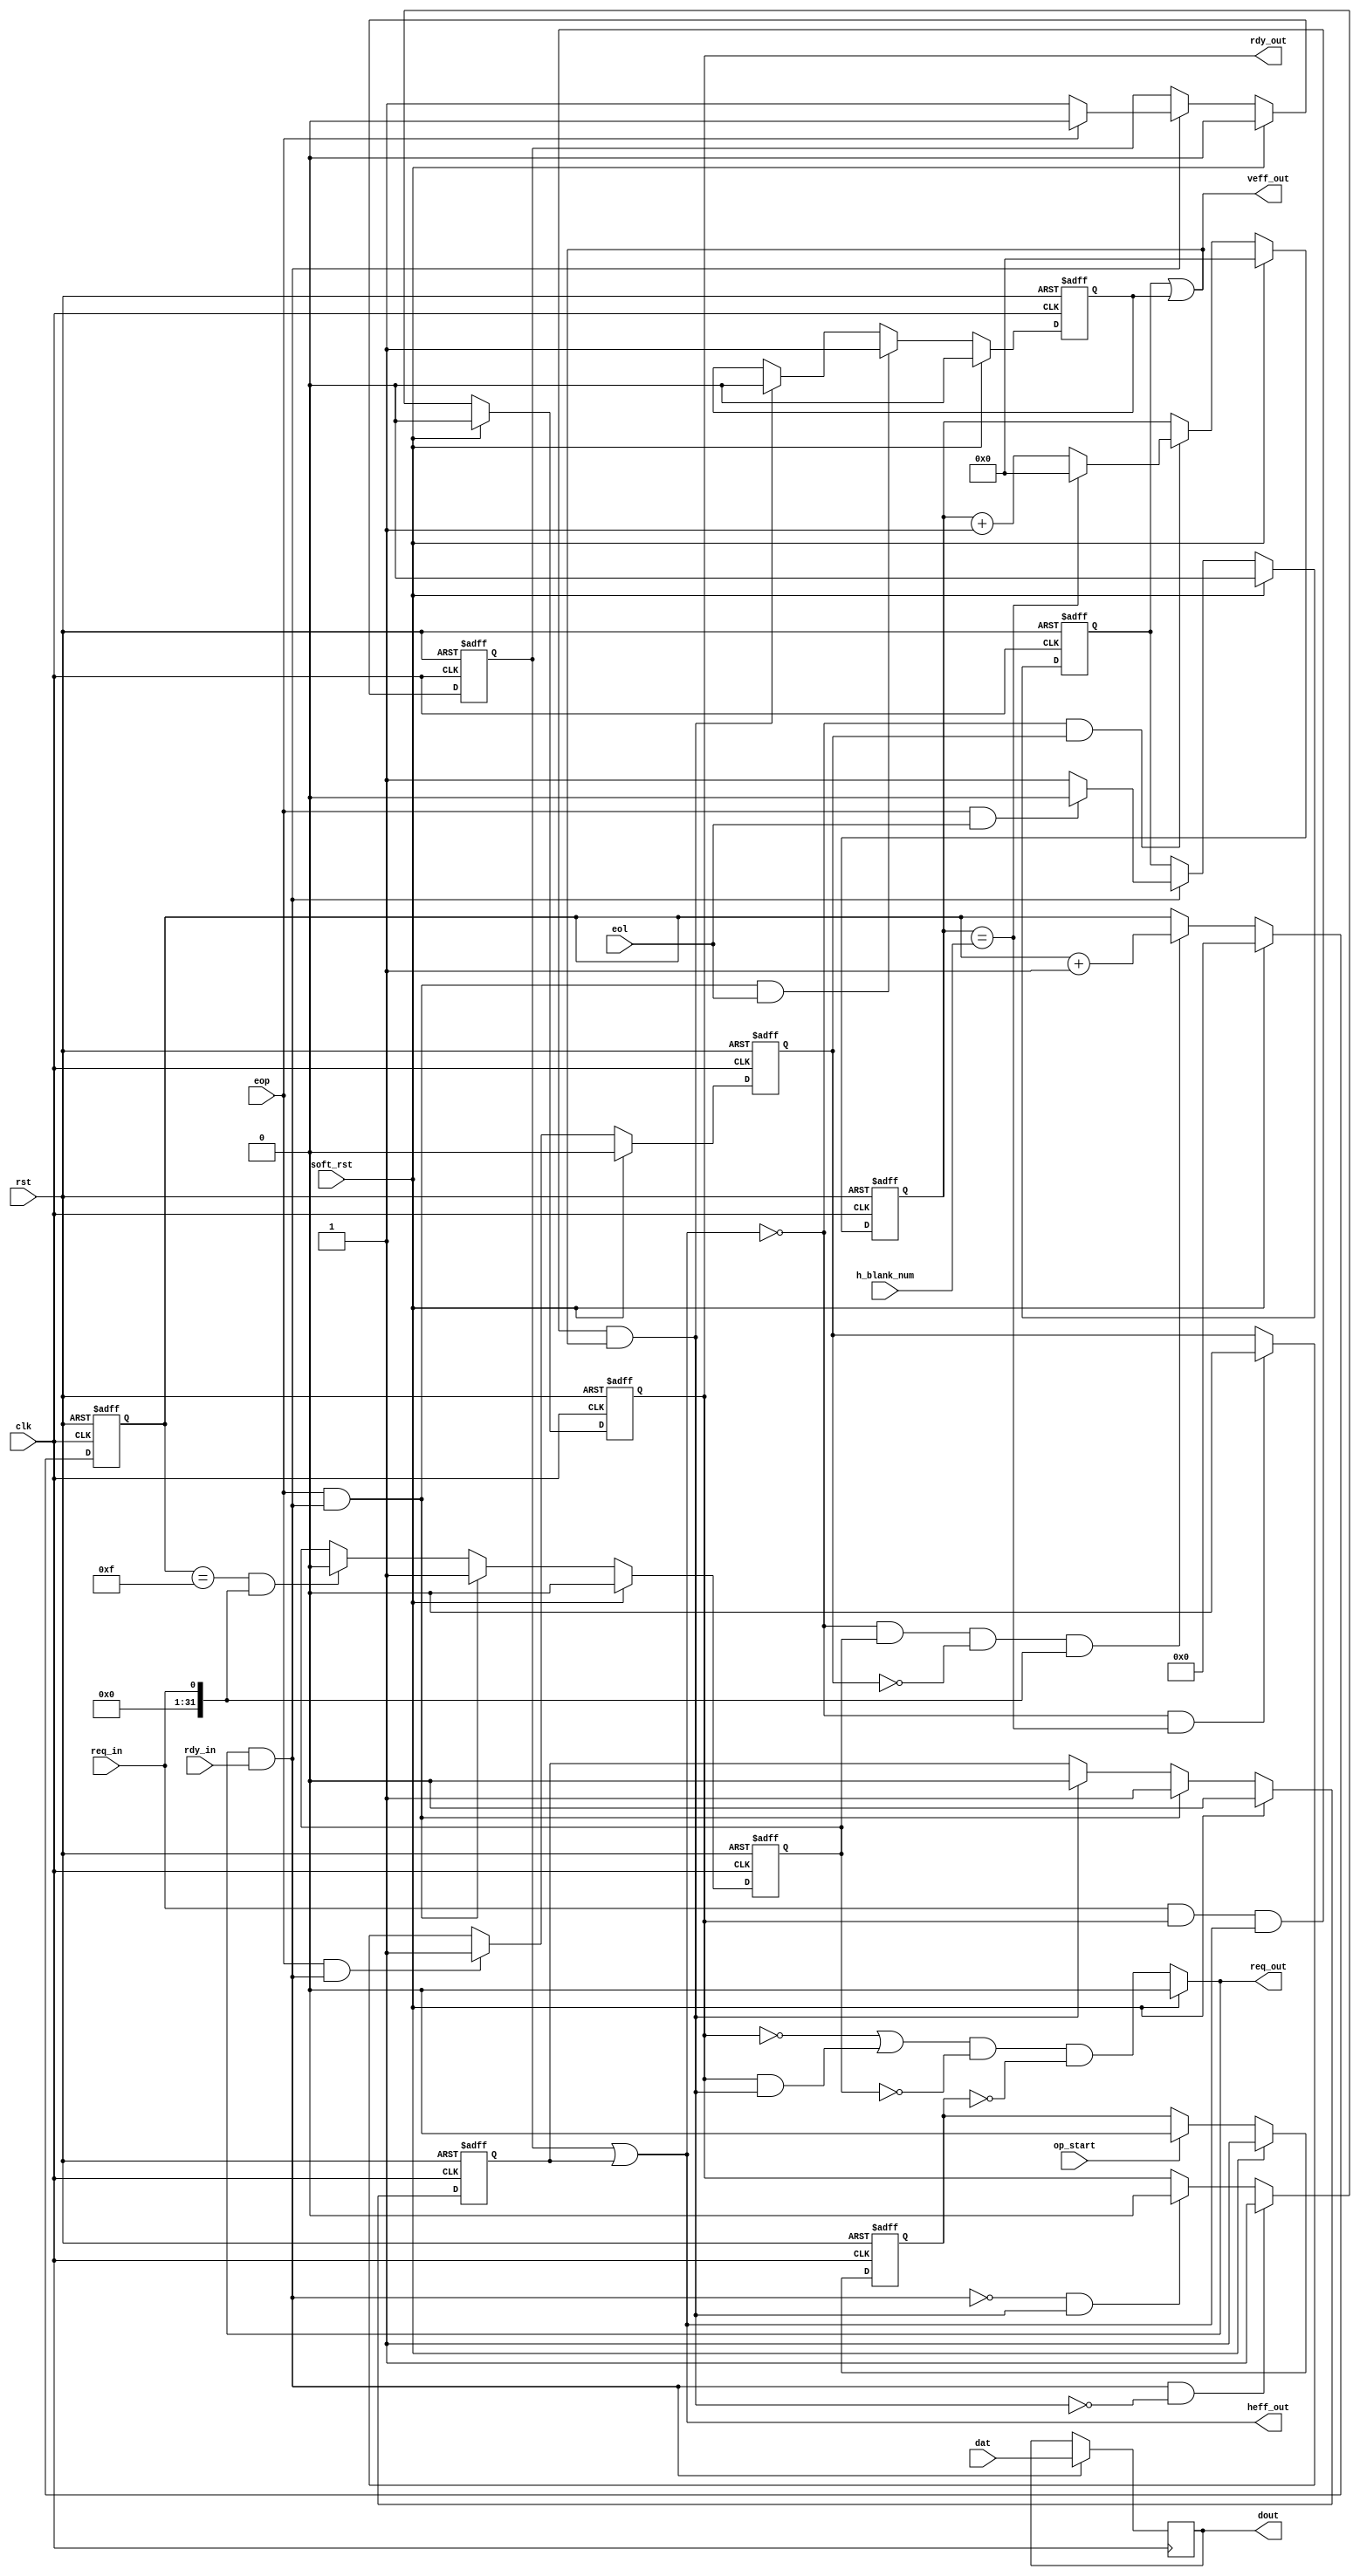
module conv_eol_to_eff_hb(
       // system
       clk,                     
       rst,                     
       soft_rst, 
       op_start,                 
       h_blank_num,                 
       dat,
       eop,
       eol,
       // input handshake
       req_out,			
       rdy_in,
       req_in,
       rdy_out,
       dout,
       heff_out,
       veff_out                
);

parameter dt = 1;
parameter dat_w = 8;

       // system
input        clk;                     
input        rst;                     
input        soft_rst; 
input        op_start;                 
input        [15:0] h_blank_num;                 
input        [dat_w-1:0]dat;
input        eop;
input        eol;
// input handshake
output        req_out;			
input        rdy_in;
input        req_in;
output        rdy_out;
output       heff_out;
output       veff_out;
output       [dat_w-1:0]dout;



wire in_val = req_out & rdy_in;
wire out_val = req_in & rdy_out & heff_out & veff_out;
reg full, heff, veff, hold, heff_ext, veff_ext, req_mask;
reg [3:0]hold_cnt;
reg [15:0]h_blank_cnt;
reg       h_blank_val;
wire      h_blank_end = h_blank_cnt == h_blank_num;
reg [dat_w-1:0]dout;
assign heff_out = heff | heff_ext;
assign veff_out = veff | veff_ext;
assign req_out = soft_rst ? 0 : (!full | full & out_val) & !hold & !req_mask;
assign rdy_out = full;

always @ (posedge clk or posedge rst)                                                                                  
  if (rst)                                                                                                             
    req_mask <= #dt 1;                                                                                                    
  else if (soft_rst)                                                                                                 
    req_mask <= #dt 1;
  else if (op_start)
    req_mask <= #dt 0;
    
always@ (posedge clk or posedge rst)
  if (rst)
    full <= #dt 0;  
  else 
  if (soft_rst)
    full <= #dt 0;
  else
  if (in_val & !out_val)
    full <= #dt 1;
  else
  if (!in_val & out_val)
    full <= #dt 0;

wire mode = 1; // 1:for shift 0: for no shift

always@ (posedge clk or posedge rst)
  if (rst)
    h_blank_cnt <= #dt 0;  
  else if (soft_rst)
    h_blank_cnt <= #dt 0;
  else if (~heff_out && h_blank_val ) begin
      if (h_blank_end)
          h_blank_cnt <= #dt 0;
      else
          h_blank_cnt <= #dt h_blank_cnt + 1;
   end
    
always@ (posedge clk or posedge rst)
  if (rst)
    h_blank_val <= #dt 0;  
  else 
  if (soft_rst)
    h_blank_val <= #dt 0;
  else
  if (eop && in_val)
    h_blank_val <= #dt 1;
  else
  if (~heff_out && h_blank_end)
    h_blank_val <= #dt 0;
     
always@ (posedge clk or posedge rst)
  if (rst)
    hold_cnt <= #dt 0;  
  else 
  if (soft_rst)
    hold_cnt <= #dt 0;
  else
  if (~heff_out && hold && ~h_blank_val && (mode? req_in : 1) )
    hold_cnt <= #dt hold_cnt + 1;
    
always@ (posedge clk or posedge rst)
  if (rst)
    hold <= #dt 0;  
  else 
  if (soft_rst)
    hold <= #dt 0;
  else
  if (eop & in_val)
    hold <= #dt 1;
  else
  if ((hold_cnt == 'd15) && (mode? req_in : 1) )
    hold <= #dt 0;
     
        
always@ (posedge clk or posedge rst)
  if (rst)
    heff <= #dt 0;  
  else 
  if (soft_rst)
    heff <= #dt 0;
  else
  if (in_val)
    heff <= #dt eop? 0 : 1;

always@ (posedge clk or posedge rst)
  if (rst)
    veff <= #dt 0;  
  else 
  if (soft_rst)
    veff <= #dt 0;
  else
  if (in_val)
    veff <= #dt eop & eol? 0 : 1;
    
    
always@ (posedge clk or posedge rst)
  if (rst)
    heff_ext <= #dt 0;  
  else 
  if (soft_rst)
    heff_ext <= #dt 0;
  else
  if (in_val & eop)
    heff_ext <= #dt 1;
  else
  if (out_val)
    heff_ext <= #dt 0;

always@ (posedge clk or posedge rst)
  if (rst)
    veff_ext <= #dt 0;  
  else 
  if (soft_rst)
    veff_ext <= #dt 0;
  else
  if (in_val & eop & eol)
    veff_ext <= #dt 1;
  else
  if (out_val)
    veff_ext <= #dt 0;
    
    

        
always@ (posedge clk)
  if (in_val )
    dout <= #dt dat;

    
endmodule